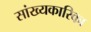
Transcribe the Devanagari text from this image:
सांख्‍यकारिका